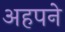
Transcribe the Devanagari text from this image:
अहपने